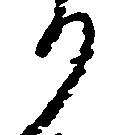
り